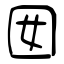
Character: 囡